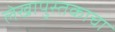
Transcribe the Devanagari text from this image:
लेखापुस्तकाचा